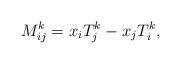
LaTeX: \begin{align*}M_{ij}^{ k}=x_{i}T_{j}^{ k}-x_{j}T_{i}^{ k},\end{align*}